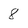
Character: 8